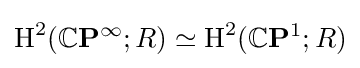
\operatorname {H} ^{2}(\mathbb {C} \mathbf {P} ^{\infty };R)\simeq \operatorname {H} ^{2}(\mathbb {C} \mathbf {P} ^{1};R)